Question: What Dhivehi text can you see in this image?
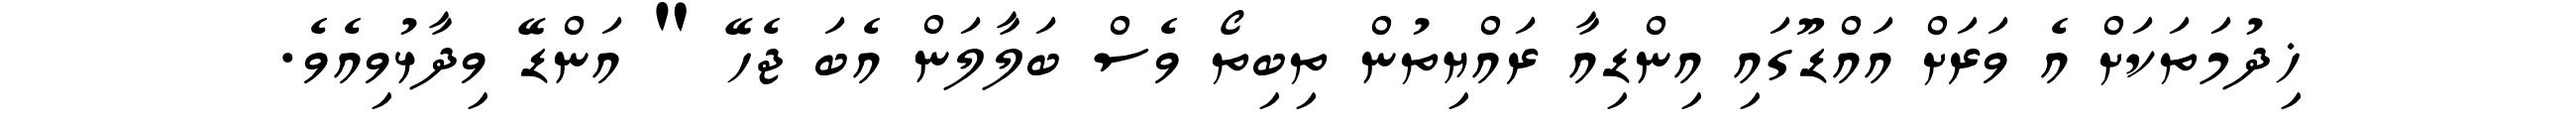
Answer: ޚިދުމަތަކަށް އެ ވަރަށް އައްޑޫގައި އިންޑިއާ ރައްޔިތުން ތިބިތޯ ވެސް ބަލާލަން އެބަ ޖެހޭ " އަންޑޭ ވިދާޅުވިއެވެ.